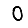
Digit: 0